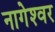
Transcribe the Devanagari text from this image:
नागेश्‍वर